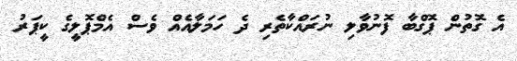
އެ ގޮތުން ޕޮގްބާ ފޮނުވާލި ނުރައްކާތެރި ދެ ހަމަލާއެއް ވެސް އެމްޕޮލީގެ ކީޕަރު